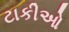
ટાકીઓ